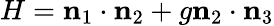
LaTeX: H=\mathbf n_{1}\cdot\mathbf n_{2}+g\mathbf n_{2}\cdot\mathbf n_{3}